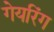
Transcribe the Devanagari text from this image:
गेयरिंग